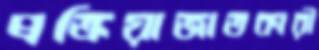
প্রক্রিয়াজাতকারী